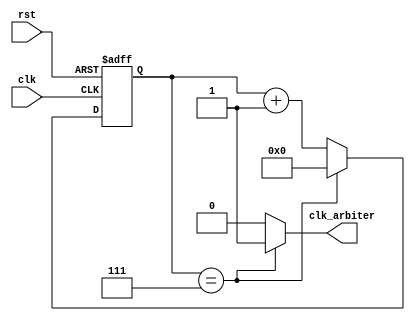
module timing_control_block (
    input wire clk,
    input wire rst,
    output wire clk_arbiter
);

reg [7:0] counter;

always @(posedge clk or posedge rst) begin
    if (rst) begin
        counter <= 8'b0;
    end else begin
        if (counter == 8'd7) begin
            counter <= 8'b0;
        end else begin
            counter <= counter + 1;
        end
    end
end

assign clk_arbiter = (counter == 8'd7) ? 1'b1 : 1'b0;

endmodule